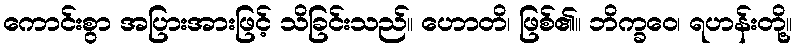
ကောင်းစွာ အပြားအားဖြင့် သိခြင်းသည်။ ဟောတိ၊ ဖြစ်၏။ ဘိက္ခဝေ၊ ရဟန်းတို့။